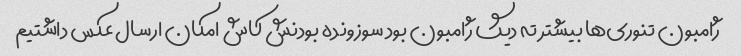
ژامبون تنوری‌ها بیشتر ته دیگ ژامبون بود سوزونده بودنش کاش امکان ارسال عکس داشتیم